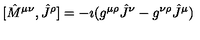
[ { \hat { M } } ^ { \mu \nu } , { \hat { J } } ^ { \rho } ] = - \imath ( g ^ { \mu \rho } { \hat { J } } ^ { \nu } - g ^ { \nu \rho } { \hat { J } } ^ { \mu } )